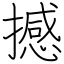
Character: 撼